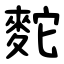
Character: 䴱